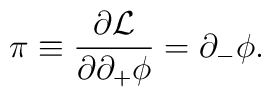
\pi\equiv{\partial {\cal L} \over \partial\partial_+\phi}=\partial_-\phi.